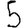
Digit: 5